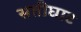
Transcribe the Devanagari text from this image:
सतीघाट